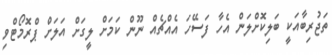
ތަޖުރިބާއަކީ ބަލިކޮށްލަން އެހާ ފަސޭހަ އެއްޗެއް ނޫން ކަމަށް ލީގަށް އަލަށް ޕްރޮމޯޓްވި